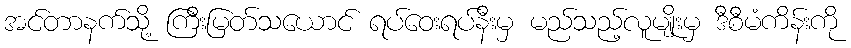
အင်တာနက်သို့ ကြီးမြတ်သယောင် ရပ်ဝေးရပ်နီးမှ မည်သည့်လူမျိုးမှ ဒီစီမံကိန်းကို